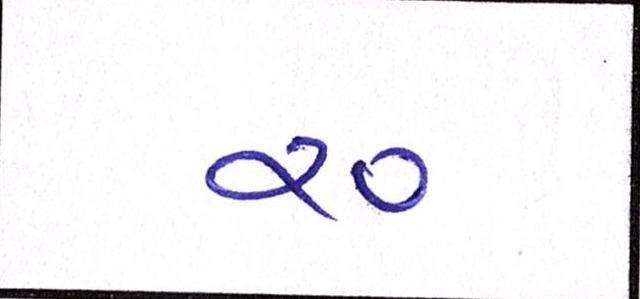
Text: ર૦